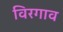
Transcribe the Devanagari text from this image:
विरगाव